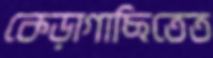
কেড়াগাছিতেত